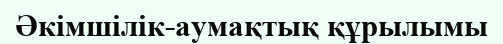
Әкімшілік-аумақтық құрылымы